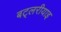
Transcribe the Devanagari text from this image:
बट्लरीयाइ